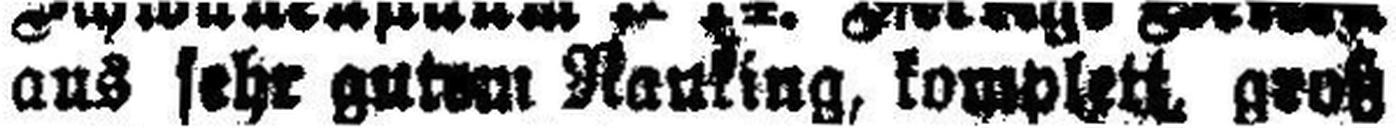
aus sehr gutem Rauling, komplett, groß